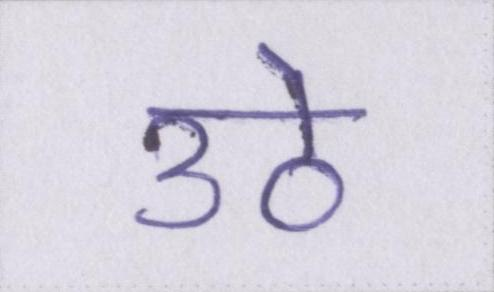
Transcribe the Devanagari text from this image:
उठे